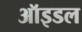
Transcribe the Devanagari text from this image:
ऑइडल